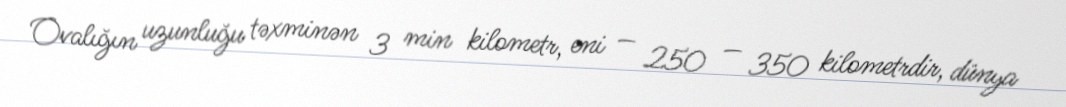
Ovalığın uzunluğu təxminən 3 min kilometr, eni — 250 — 350 kilometrdir, dünya